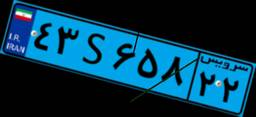
۶۶S۵۶۹۱۹